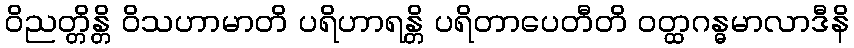
ဝိညတ္တိန္တိ ဝိသဟာမာတိ ပရိဟာရန္တိ ပရိတာပေတီတိ ဝတ္ထဂန္ဓမာလာဒီနိ